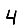
Digit: 4